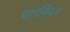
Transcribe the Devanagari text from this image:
बारबियर